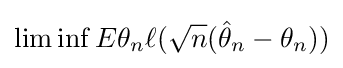
\lim \inf E\theta _{n}\ell ({\sqrt {n}}({\hat {\theta }}_{n}-\theta _{n}))